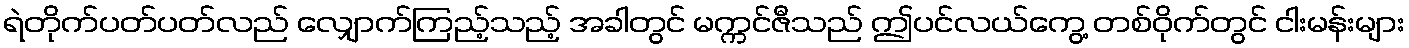
ရဲတိုက်ပတ်ပတ်လည် လျှောက်ကြည့်သည့် အခါတွင် မက္ကင်ဇီသည် ဤပင်လယ်ကွေ့ တစ်ဝိုက်တွင် ငါးမန်းများ